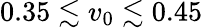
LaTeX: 0.35\lesssim v_{0}\lesssim 0.45